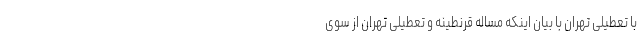
با تعطیلی تهران با بیان اینکه مساله قرنطینه و تعطیلی تهران از سوی